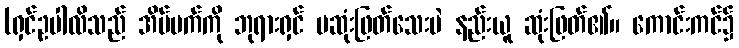
(ရှင်ဥပါလိသည် အိပ်မက်ကို ဘုရားရှင် မဆုံးဖြတ်သေးပဲ နည်းယူ ဆုံးဖြတ်၏။ ကောင်းကင်၌